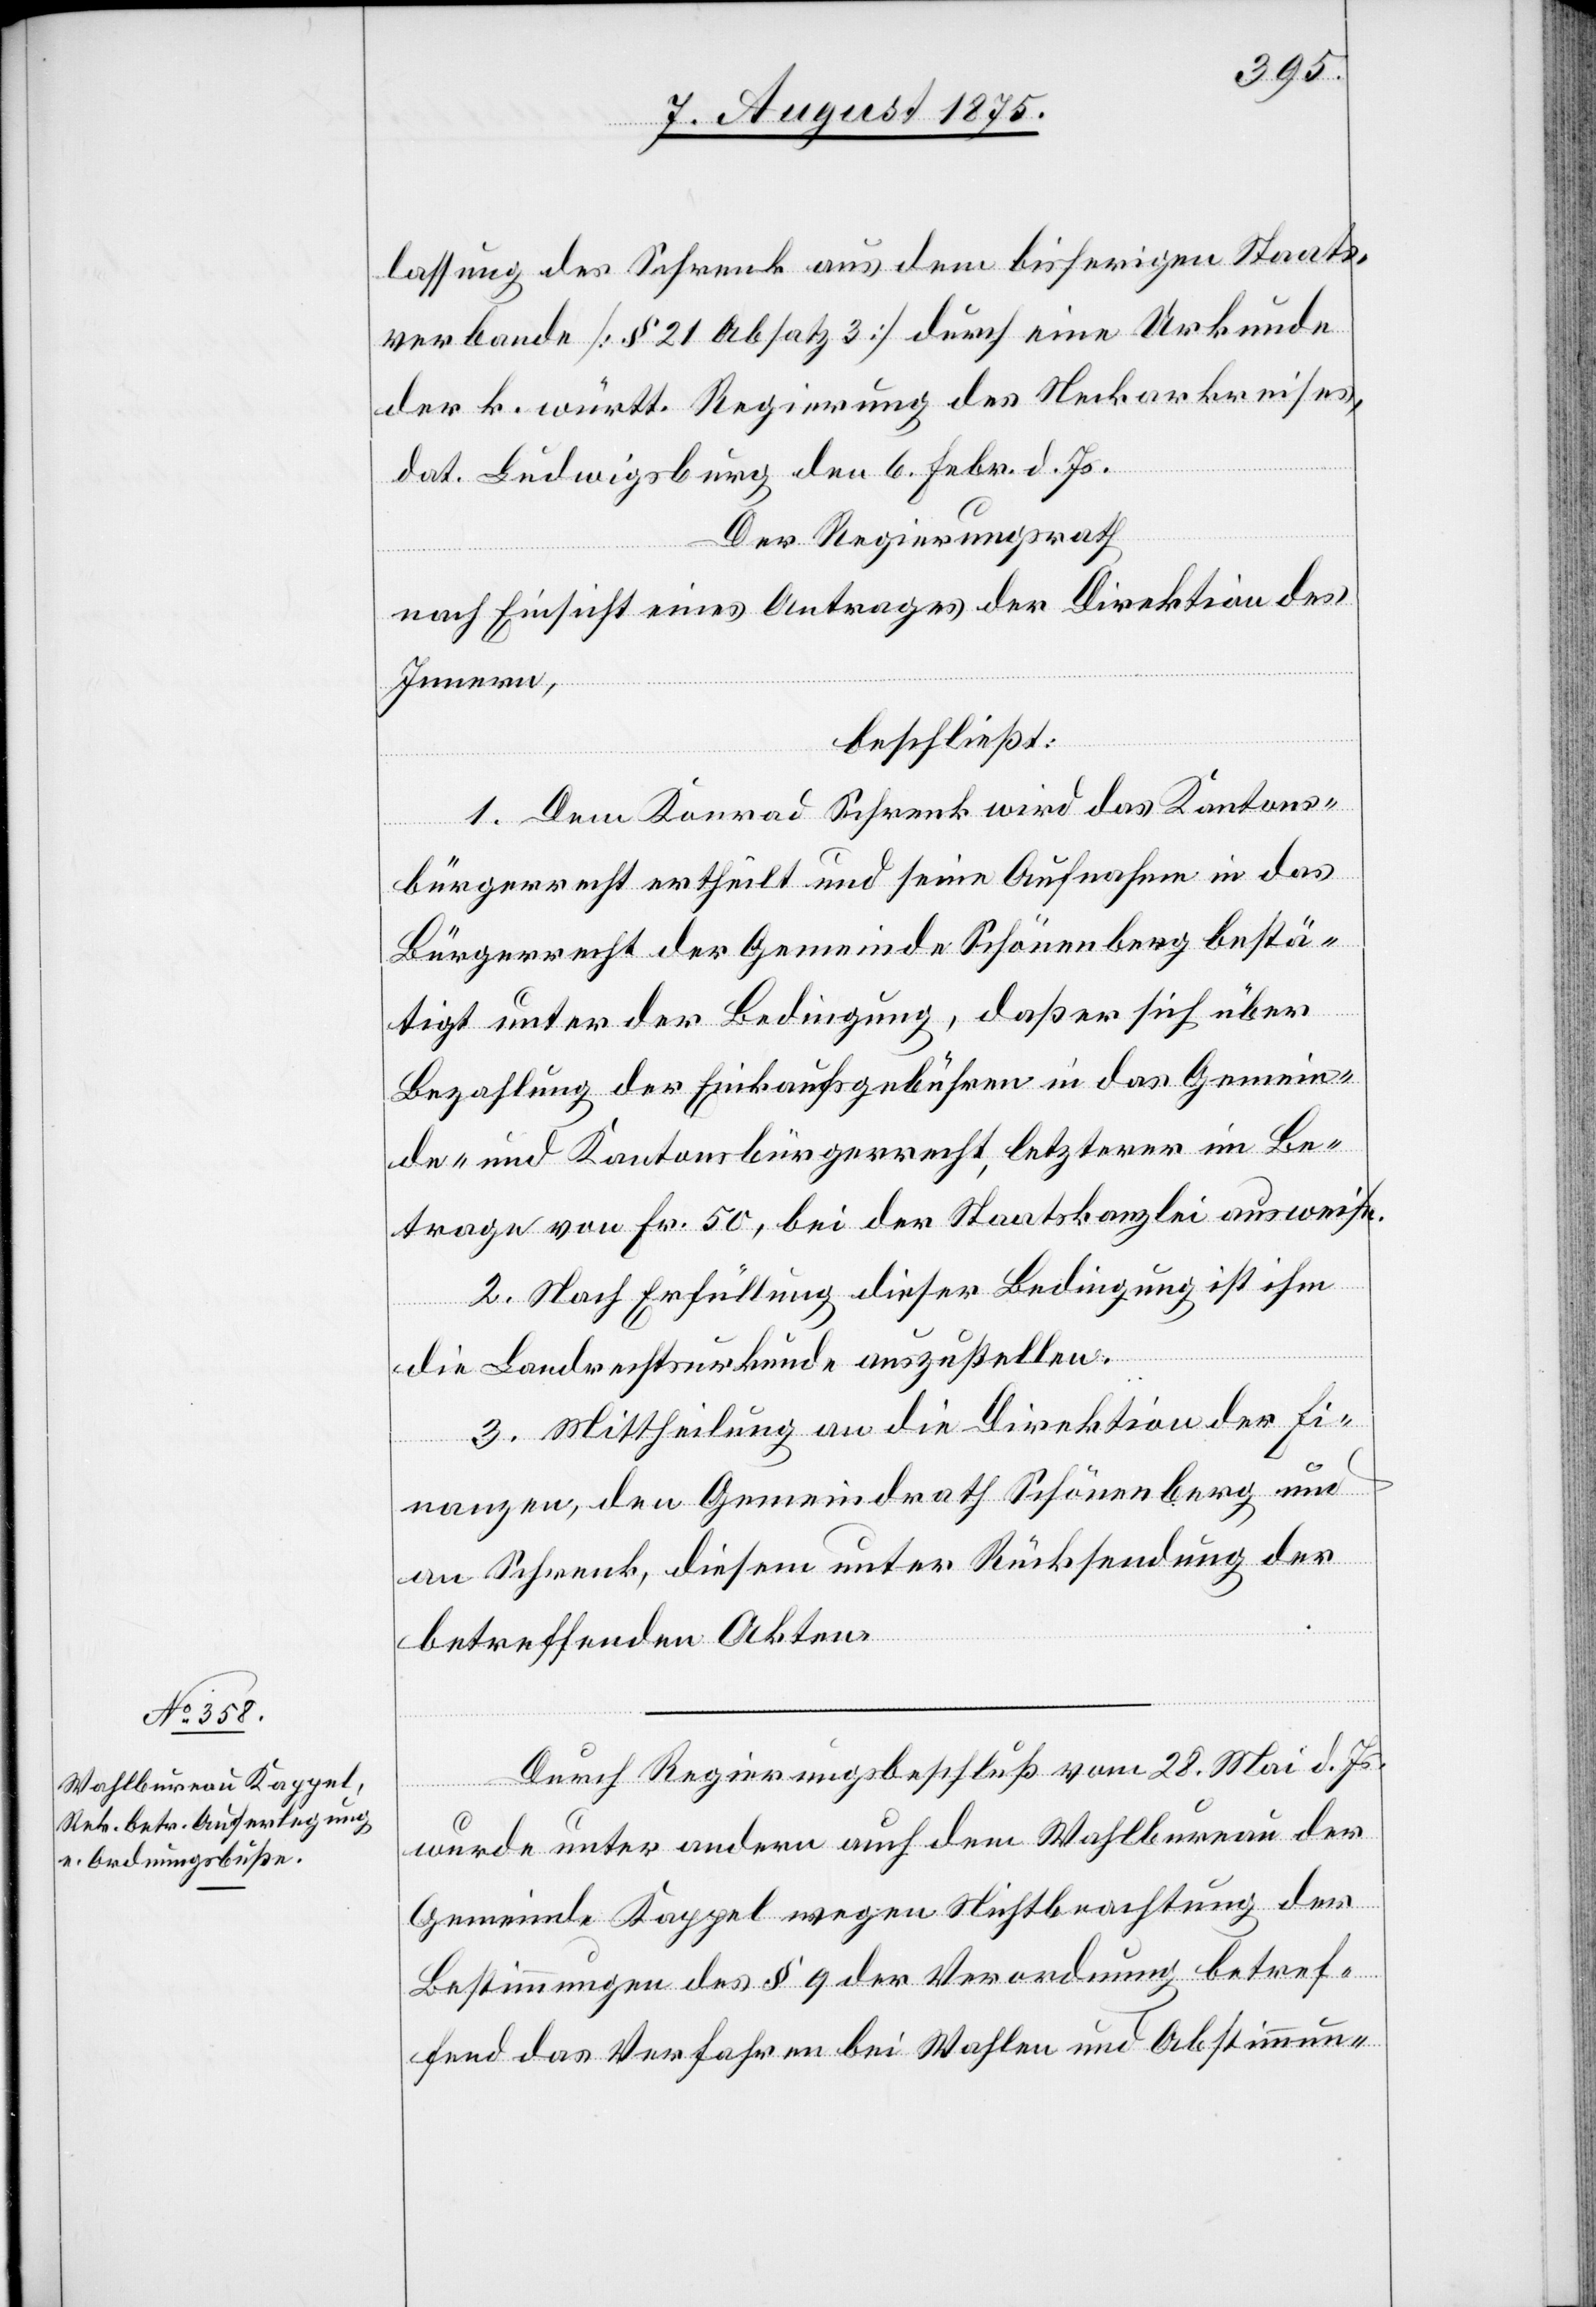
lassung des Schrenk aus dem bisherigen Staats¬
verbande [§ 21 Absatz 3] durch eine Urkunde
der k. württ. Regierung des Neckarkreises,
dat. Ludwigsburg den 6. Febr. d. Js.
Der Regierungsrath
nach Einsicht eines Antrages der Direktion des
Innern,
beschließt:
1. Dem Konrad Schrenk wird das Kantons¬
bürgerrecht ertheilt und seine Aufnahme in das
Bürgerrecht der Gemeinde Schönenberg bestä¬
tigt unter der Bedingung, daß er sich über
Bezahlung der Einkaufsgebühren in das Gemein¬
de- und Kantonsbürgerrecht, letzterer im Be¬
trage von Fr. 50, bei der Staatskanzlei ausweise.
2. Nach Erfüllung dieser Bedingung ist ihm
die Landrechtsurkunde auszustellen.
3. Mittheilung an die Direktion der Fi¬
nanzen, den Gemeindrath Schönenberg und
an Schrenk, diesem unter Rücksendung der
betreffenden Akten.
Durch Regierungsbeschluß vom 28. Mai d. Js.
wurde unter andern auch dem Wahlbureau der
Gemeinde Kappel wegen Nichtbeachtung der
Bestimmungen des § 9 der Verordnung betref¬
fend das Verfahren bei Wahlen und Abstimmun-